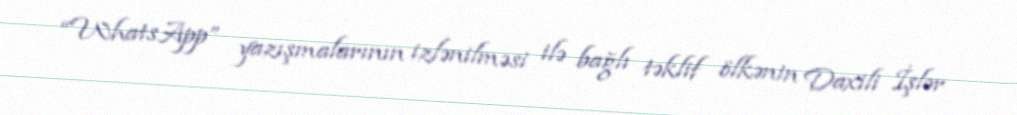
“WhatsApp” yazışmalarının izlənilməsi ilə bağlı təklif ölkənin Daxili İşlər